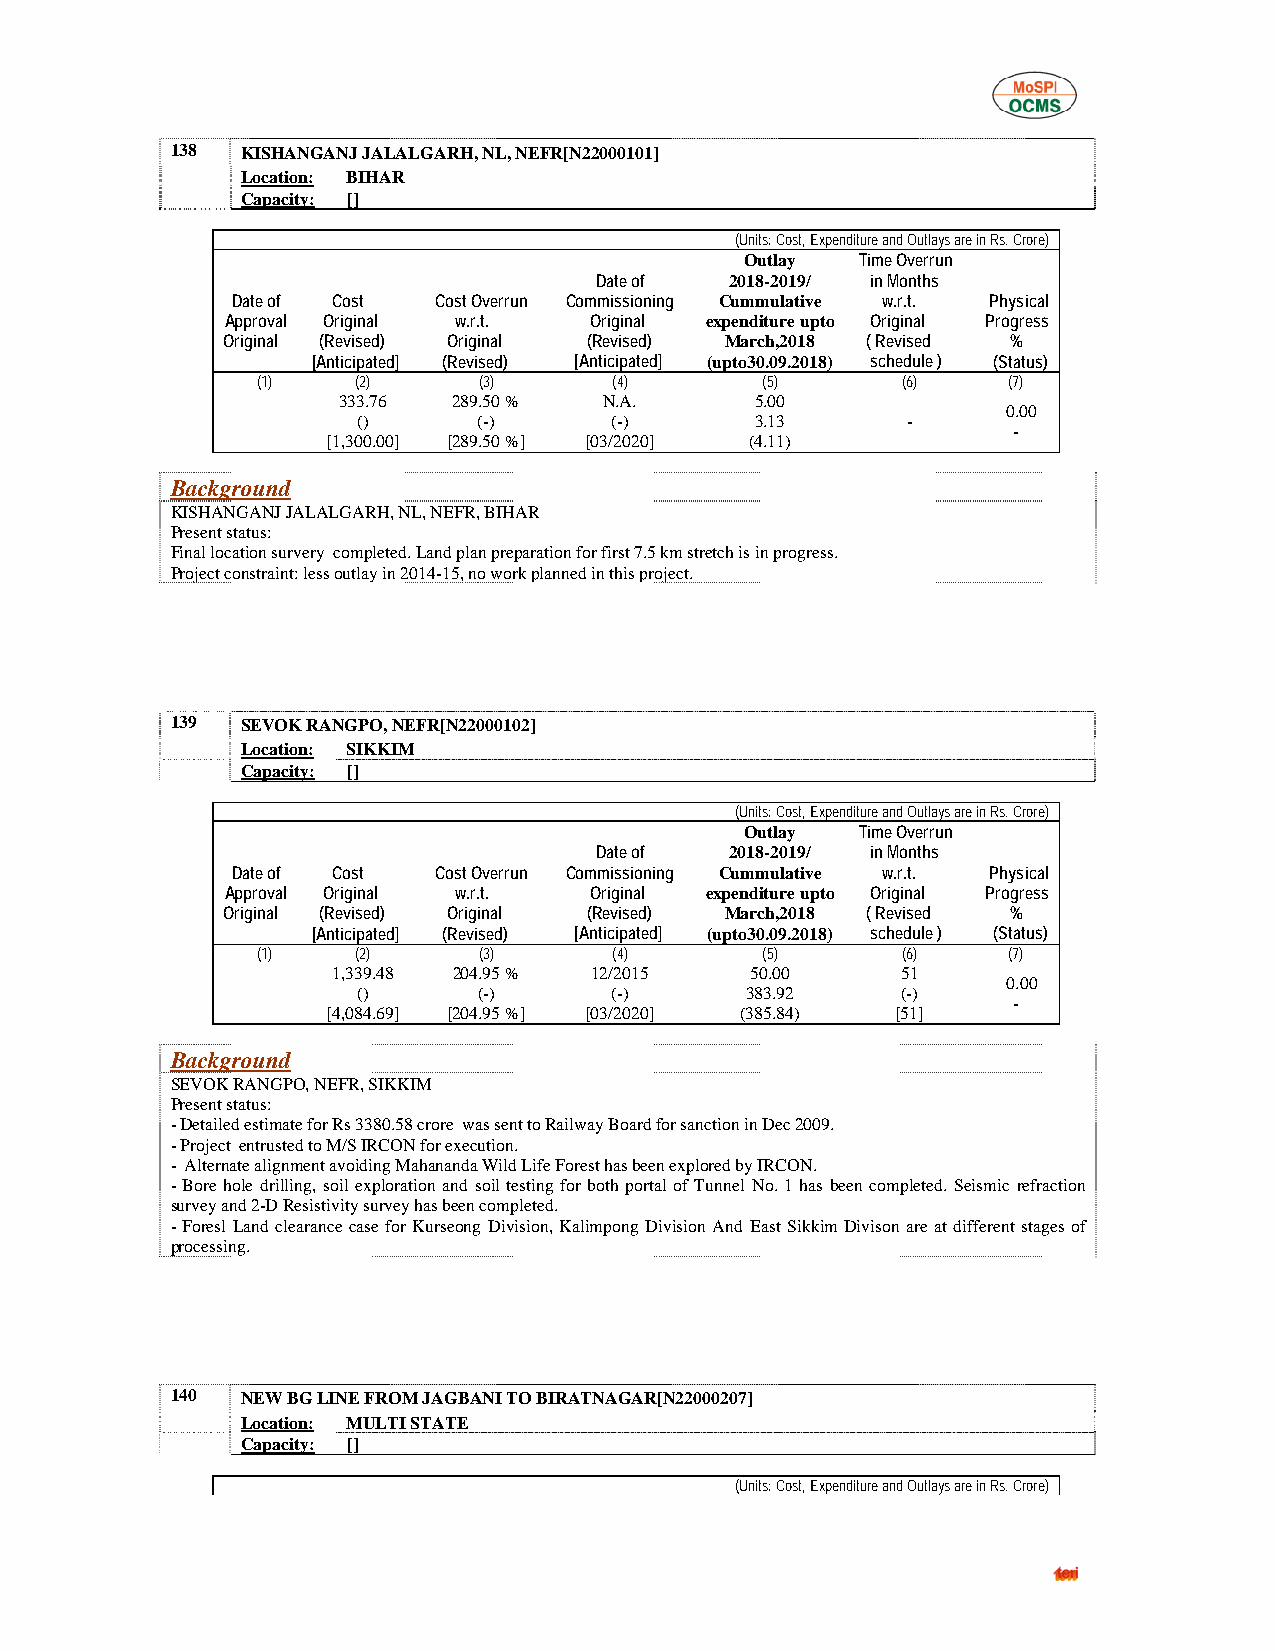
138  KISHANGANJ JALALGARH, NL, NEFR[N22000101]
 Location: BIHAR
 Capacity: []
 (Units: Cost, Expenditure and Outlays are in Rs. Crore)
 Outlay  Time Overrun
 Date of  2018-2019/ in Months
 Date of Cost  Cost Overrun Commissioning Cummulative w.r.t. Physical
 Approval Original w.r.t. Original expenditure upto Original Progress
 Original (Revised) Original (Revised) March,2018 ( Revised %
 [Anticipated] (Revised) [Anticipated] (upto30.09.2018) schedule ) (Status)
 (1)    (2)     (3)      (4)      (5)       (6)    (7)
 333.76  289.50 %  N.A.      5.00
 0.00
 ()      (-)     (-)       3.13      -
 -
 [1,300.00] [289.50 %] [03/2020] (4.11)
 Background
 KISHANGANJ JALALGARH, NL, NEFR, BIHAR
 Present status:
 Final location survery completed. Land plan preparation for first 7.5 km stretch is in progress.
 Project constraint: less outlay in 2014-15, no work planned in this project.
 139  SEVOK RANGPO, NEFR[N22000102]
 Location: SIKKIM
 Capacity: []
 (Units: Cost, Expenditure and Outlays are in Rs. Crore)
 Outlay  Time Overrun
 Date of  2018-2019/ in Months
 Date of Cost  Cost Overrun Commissioning Cummulative w.r.t. Physical
 Approval Original w.r.t. Original expenditure upto Original Progress
 Original (Revised) Original (Revised) March,2018 ( Revised %
 [Anticipated] (Revised) [Anticipated] (upto30.09.2018) schedule ) (Status)
 (1)    (2)     (3)      (4)      (5)       (6)    (7)
 1,339.48 204.95 % 12/2015   50.00     51
 0.00
 ()      (-)     (-)      383.92     (-)
 -
 [4,084.69] [204.95 %] [03/2020] (385.84) [51]
 Background
 SEVOK RANGPO, NEFR, SIKKIM
 Present status:
 - Detailed estimate for Rs 3380.58 crore was sent to Railway Board for sanction in Dec 2009.
 - Project entrusted to M/S IRCON for execution.
 - Alternate alignment avoiding Mahananda Wild Life Forest has been explored by IRCON.
 - Bore hole drilling, soil exploration and soil testing for both portal of Tunnel No. 1 has been completed. Seismic refraction
 survey and 2-D Resistivity survey has been completed.
 - Foresl Land clearance case for Kurseong Division, Kalimpong Division And East Sikkim Divison are at different stages of
 processing.
 140  NEW BG LINE FROM JAGBANI TO BIRATNAGAR[N22000207]
 Location: MULTI STATE
 Capacity: []
 (Units: Cost, Expenditure and Outlays are in Rs. Crore)